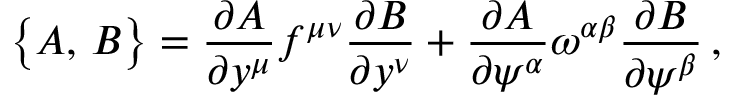
\bigl \{ A , \, B \bigr \} = { \frac { \partial A } { \partial y ^ { \mu } } } f ^ { \mu \nu } { \frac { \partial B } { \partial y ^ { \nu } } } + { \frac { \partial A } { \partial \psi ^ { \alpha } } } \omega ^ { \alpha \beta } { \frac { \partial B } { \partial \psi ^ { \beta } } } \, ,